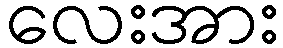
လေးအား